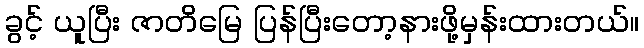
ခွင့် ယူပြီး ဇာတိမြေ ပြန်ပြီးတော့နားဖို့မှန်းထားတယ်။